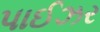
પાઈઝર